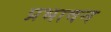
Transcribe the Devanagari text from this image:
प्रभावन